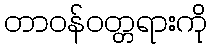
တာဝန်ဝတ္တရားကို